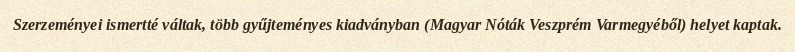
Szerzeményei ismertté váltak, több gyűjteményes kiadványban (Magyar Nóták Veszprém Varmegyéből) helyet kaptak.